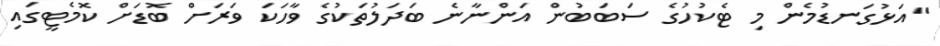
"އަޅުގަނޑުމެން މި ޓެކުހުގެ ސަބަބުން އަންނާނެ ބަދަލުތަކުގެ ވާހަކަ ވަރަށް ބޮޑަށް ކޮމެޓީގައި